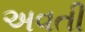
અવતી